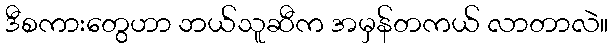
ဒီစကားတွေဟာ ဘယ်သူဆီက အမှန်တကယ် လာတာလဲ။